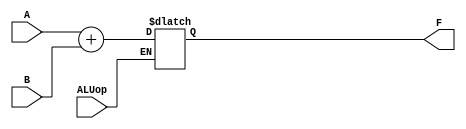
`timescale 1ns / 1ps
//////////////////////////////////////////////////////////////////////////////////
// Company: 
// Engineer: 
// 
// Design Name: 
// Module Name:    ALU 
// Project Name: 
// Target Devices: 
// Tool versions: 
// Description: 
//
// Dependencies: 
//
// Revision: 
// Revision 0.01 - File Created
// Additional Comments: 
//
//////////////////////////////////////////////////////////////////////////////////
module ALU(
    input [7:0] A,
    input [7:0] B,
    output [7:0] F,
    input ALUop
    );
	 
	 reg [7:0] out = 7'b0000000;
	 assign F = out;
	 
	 always@ (*)
		begin
			//out = A+B;
			if(ALUop == 1'b1)
				begin
					out = A+B;
				end
		end


endmodule